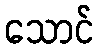
သောင်